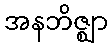
အနဘိဇ္ဈာ